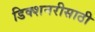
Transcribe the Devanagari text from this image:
डिक्शनरीसाठी